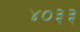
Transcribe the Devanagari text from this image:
४०३३